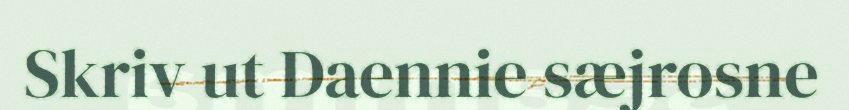
Skriv ut Daennie sæjrosne